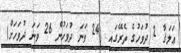
ޢަލަޤާ 2 ދުވަހުގެ ތެރޭގައި (24 ވަނަ ދުވަހުން 26 ވަނަ ދުވަހަށް)